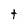
Character: t